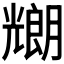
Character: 𠓇